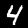
Label: 4